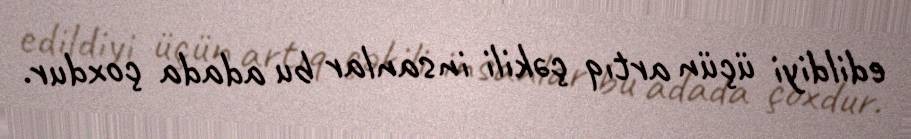
edildiyi üçün artıq çəkili insanlar bu adada çoxdur.